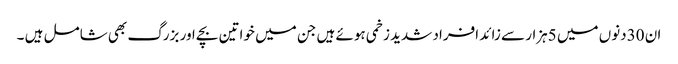
ان 30دنوں میں 5ہزار سے زائد افراد شدید زخمی ہوئے ہیں جن میں خواتین بچے اور بزرگ بھی شامل ہیں ۔